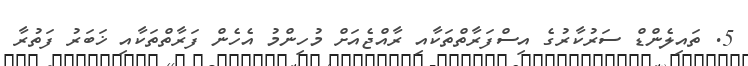
5. ތައިލެންޑް ސަރުކާރުގެ އިސްފަރާތްތަކާއި ރާއްޖެއަށް މުހިންމު އެހެން ފަރާތްތަކާއި ޚަބަރު ފަތުރާ